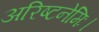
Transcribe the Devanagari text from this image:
अरिष्टनेमिः।